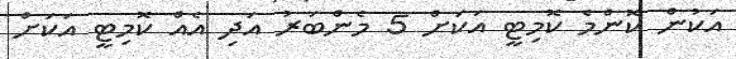
އަކުން ކޮންމެ ކޮމިޓީ އަކަށް 5 މެންބަރު އަދި އެއް ކޮމިޓީ އަކަށް